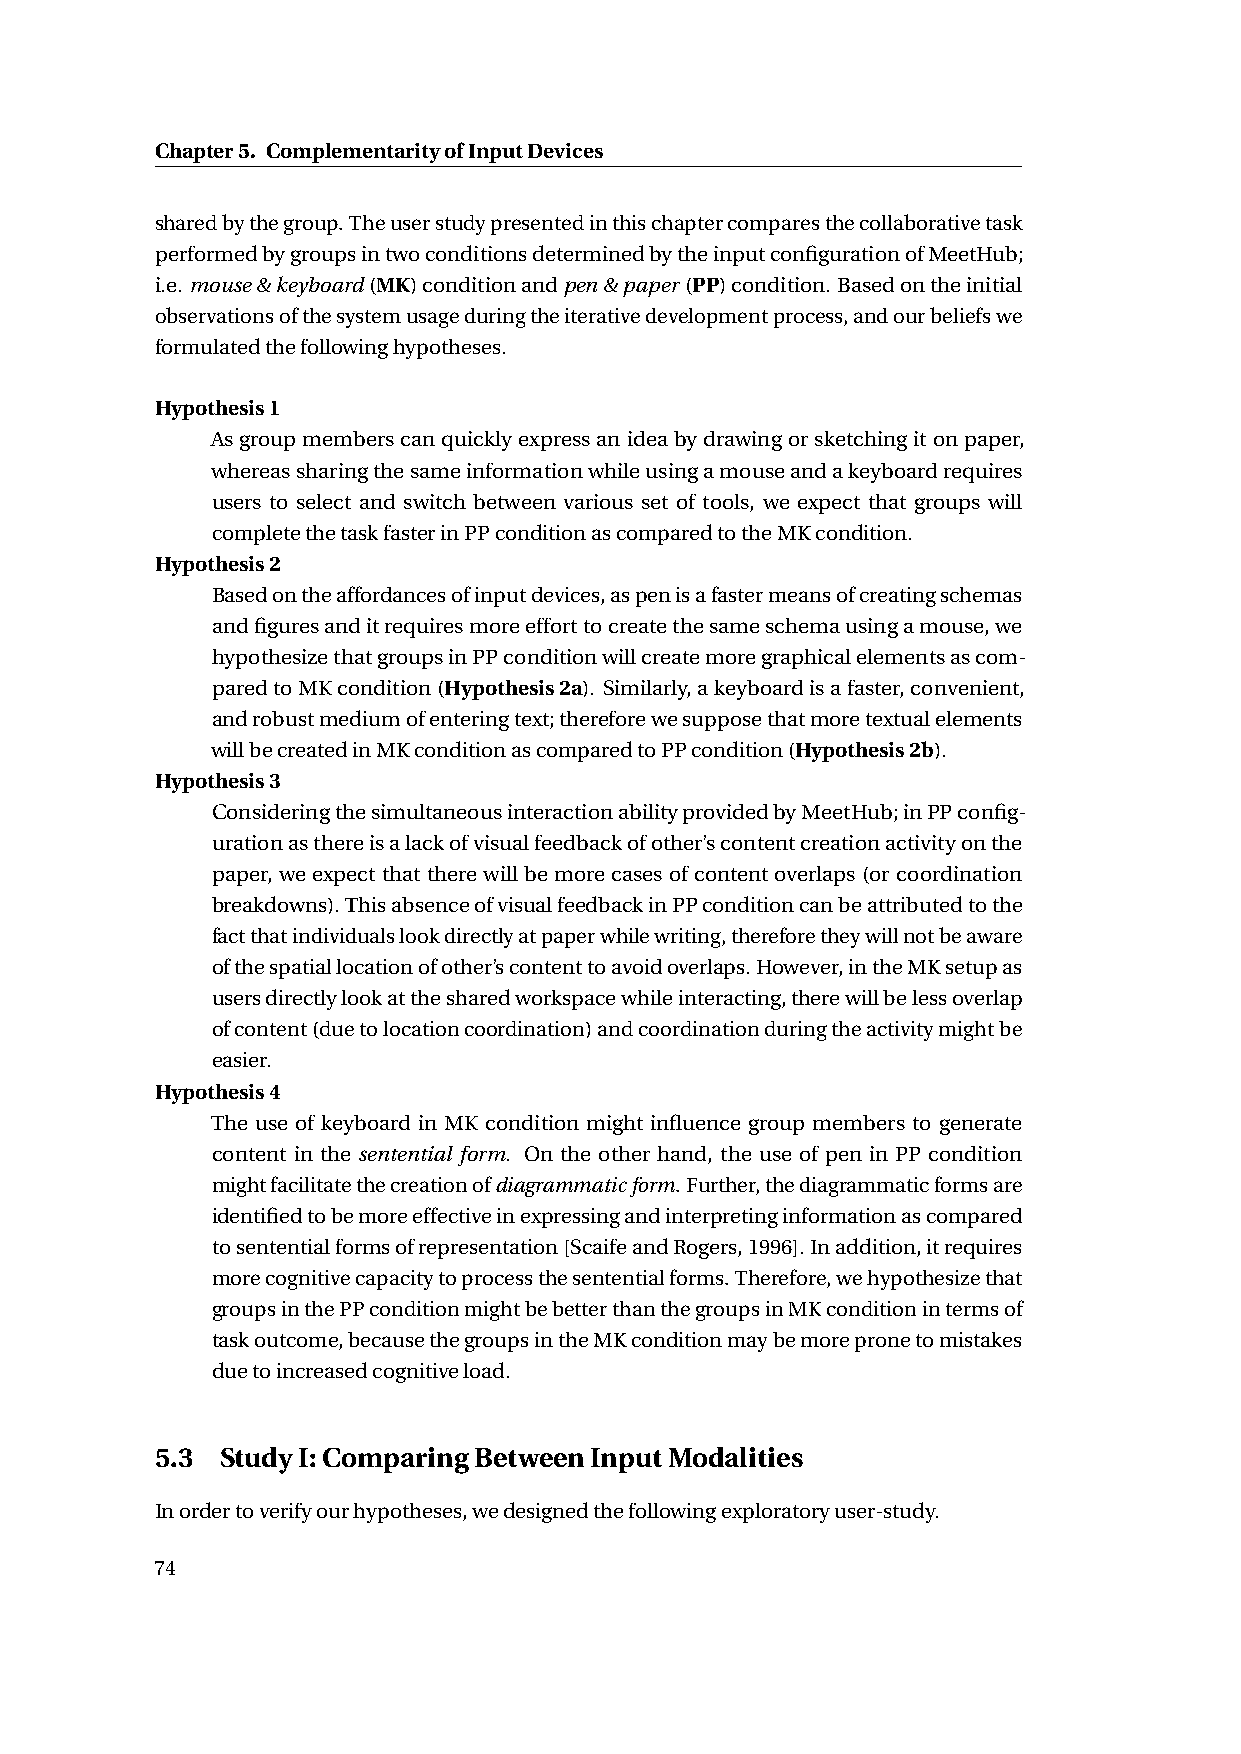
Chapter5. ComplementarityofInputDevices
 sharedbythegroup.Theuserstudypresentedinthischaptercomparesthecollaborativetask
 performedbygroupsintwoconditionsdeterminedbytheinputconfigurationofMeetHub;
 i.e.mouse&keyboard(MK)conditionandpen&paper(PP)condition.Basedontheinitial
 observationsofthesystemusageduringtheiterativedevelopmentprocess,andourbeliefswe
 formulatedthefollowinghypotheses.
 Hypothesis1
 Asgroupmemberscanquicklyexpressanideabydrawingorsketchingitonpaper,
 whereassharingthesameinformationwhileusingamouseandakeyboardrequires
 users to select and switch between various set of tools, we expect that groups will
 completethetaskfasterinPPconditionascomparedtotheMKcondition.
 Hypothesis2
 Basedontheaffordancesofinputdevices,aspenisafastermeansofcreatingschemas
 andfiguresanditrequiresmoreefforttocreatethesameschemausingamouse,we
 hypothesizethatgroupsinPPconditionwillcreatemoregraphicalelementsascom-
 paredtoMKcondition(Hypothesis2a). Similarly,akeyboardisafaster,convenient,
 androbustmediumofenteringtext;thereforewesupposethatmoretextualelements
 willbecreatedinMKconditionascomparedtoPPcondition(Hypothesis2b).
 Hypothesis3
 ConsideringthesimultaneousinteractionabilityprovidedbyMeetHub;inPPconfig-
 urationasthereisalackofvisualfeedbackofother’scontentcreationactivityonthe
 paper, weexpectthattherewillbemorecasesofcontentoverlaps(orcoordination
 breakdowns).ThisabsenceofvisualfeedbackinPPconditioncanbeattributedtothe
 factthatindividualslookdirectlyatpaperwhilewriting,thereforetheywillnotbeaware
 ofthespatiallocationofother’scontenttoavoidoverlaps.However,intheMKsetupas
 usersdirectlylookatthesharedworkspacewhileinteracting,therewillbelessoverlap
 ofcontent(duetolocationcoordination)andcoordinationduringtheactivitymightbe
 easier.
 Hypothesis4
 The use of keyboard in MK condition might influence group members to generate
 content in the sentential form. On the other hand, the use of pen in PP condition
 mightfacilitatethecreationofdiagrammaticform.Further,thediagrammaticformsare
 identifiedtobemoreeffectiveinexpressingandinterpretinginformationascompared
 tosententialformsofrepresentation[ScaifeandRogers,1996].Inaddition,itrequires
 morecognitivecapacitytoprocessthesententialforms.Therefore,wehypothesizethat
 groupsinthePPconditionmightbebetterthanthegroupsinMKconditionintermsof
 taskoutcome,becausethegroupsintheMKconditionmaybemorepronetomistakes
 duetoincreasedcognitiveload.
 5.3  StudyI:ComparingBetweenInputModalities
 Inordertoverifyourhypotheses,wedesignedthefollowingexploratoryuser-study.
 74